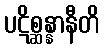
ပဋိစ္ဆန္နာနီတိ